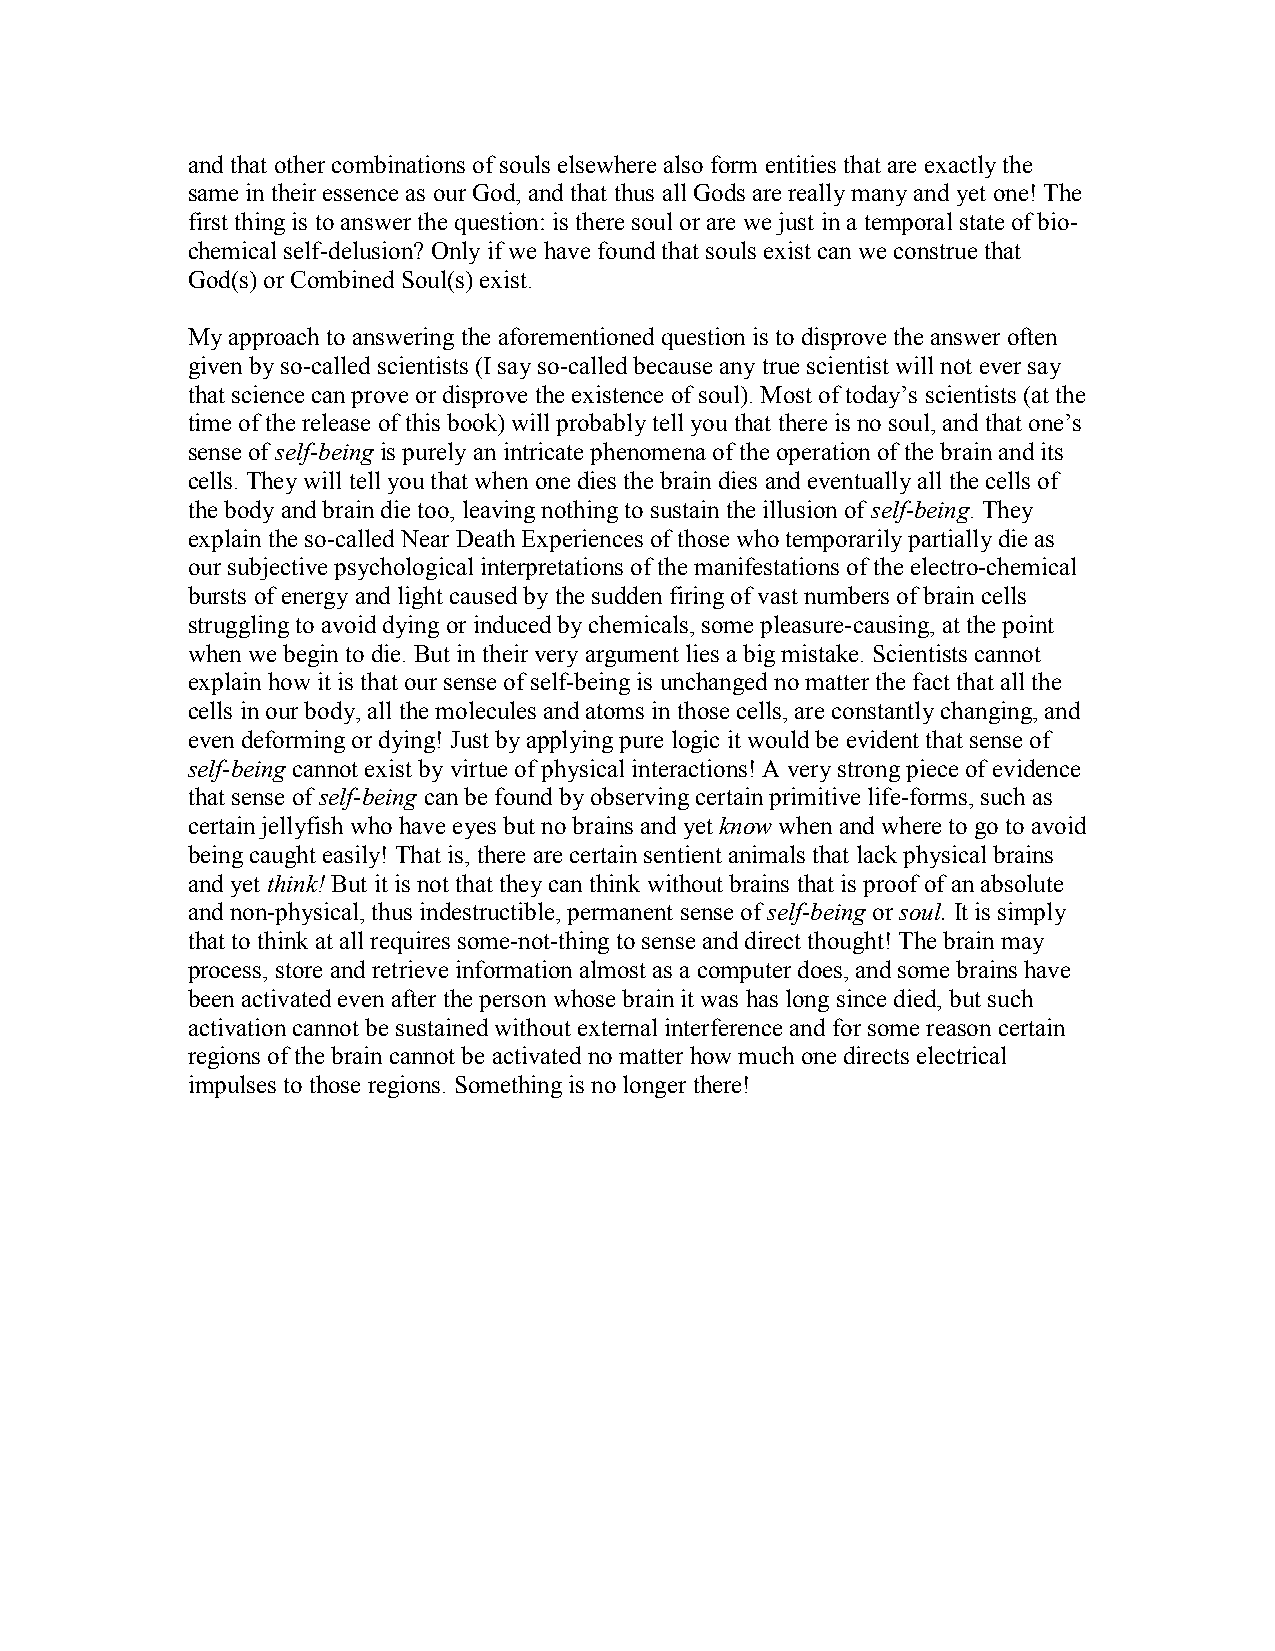
and that other combinations of souls elsewhere also form entities that are exactly the
 same in their essence as our God, and that thus all Gods are really many and yet one! The
 first thing is to answer the question: is there soul or are we just in a temporal state of bio-
 chemical self-delusion? Only if we have found that souls exist can we construe that
 God(s) or Combined Soul(s) exist.
 My approach to answering the aforementioned question is to disprove the answer often
 given by so-called scientists (I say so-called because any true scientist will not ever say
 that science can prove or disprove the existence of soul). Most of today’s scientists (at the
 time of the release of this book) will probably tell you that there is no soul, and that one’s
 sense of self-being is purely an intricate phenomena of the operation of the brain and its
 cells. They will tell you that when one dies the brain dies and eventually all the cells of
 the body and brain die too, leaving nothing to sustain the illusion of self-being. They
 explain the so-called Near Death Experiences of those who temporarily partially die as
 our subjective psychological interpretations of the manifestations of the electro-chemical
 bursts of energy and light caused by the sudden firing of vast numbers of brain cells
 struggling to avoid dying or induced by chemicals, some pleasure-causing, at the point
 when we begin to die. But in their very argument lies a big mistake. Scientists cannot
 explain how it is that our sense of self-being is unchanged no matter the fact that all the
 cells in our body, all the molecules and atoms in those cells, are constantly changing, and
 even deforming or dying! Just by applying pure logic it would be evident that sense of
 self-being cannot exist by virtue of physical interactions! A very strong piece of evidence
 that sense of self-being can be found by observing certain primitive life-forms, such as
 certain jellyfish who have eyes but no brains and yet know when and where to go to avoid
 being caught easily! That is, there are certain sentient animals that lack physical brains
 and yet think! But it is not that they can think without brains that is proof of an absolute
 and non-physical, thus indestructible, permanent sense of self-being or soul. It is simply
 that to think at all requires some-not-thing to sense and direct thought! The brain may
 process, store and retrieve information almost as a computer does, and some brains have
 been activated even after the person whose brain it was has long since died, but such
 activation cannot be sustained without external interference and for some reason certain
 regions of the brain cannot be activated no matter how much one directs electrical
 impulses to those regions. Something is no longer there!